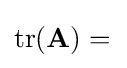
\mathrm {tr} (\mathbf {A} )={}\!